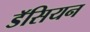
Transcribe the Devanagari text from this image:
डॅसियन